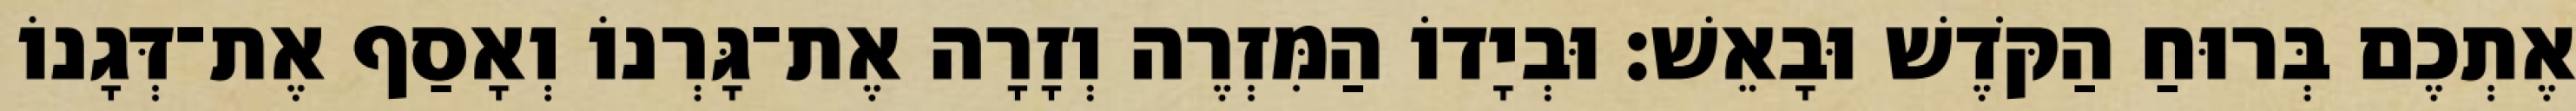
אֶתְכֶם בְּרוּחַ הַקֹּדֶשׁ וּבָאֵשׁ׃ וּבְיָדוֹ הַמִּזְרֶה וְזָרָה אֶת־גָּרְנוֹ וְאָסַף אֶת־דְּגָנוֹ